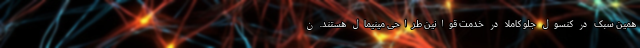
همین سبک در کنسول جلو کاملا در خدمت قوانین طراحی مینیمال هستند. ن